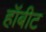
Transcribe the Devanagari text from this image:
हॉबीट